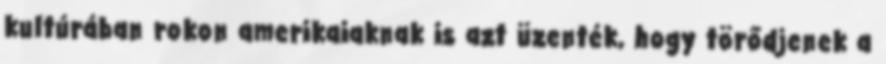
kultúrában rokon amerikaiaknak is azt üzenték, hogy törődjenek a